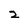
Character: z